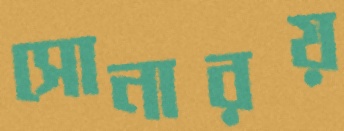
সোনারয়